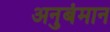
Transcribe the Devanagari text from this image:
अनुबंमान